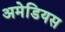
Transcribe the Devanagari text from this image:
अमेडियस